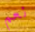
نعم